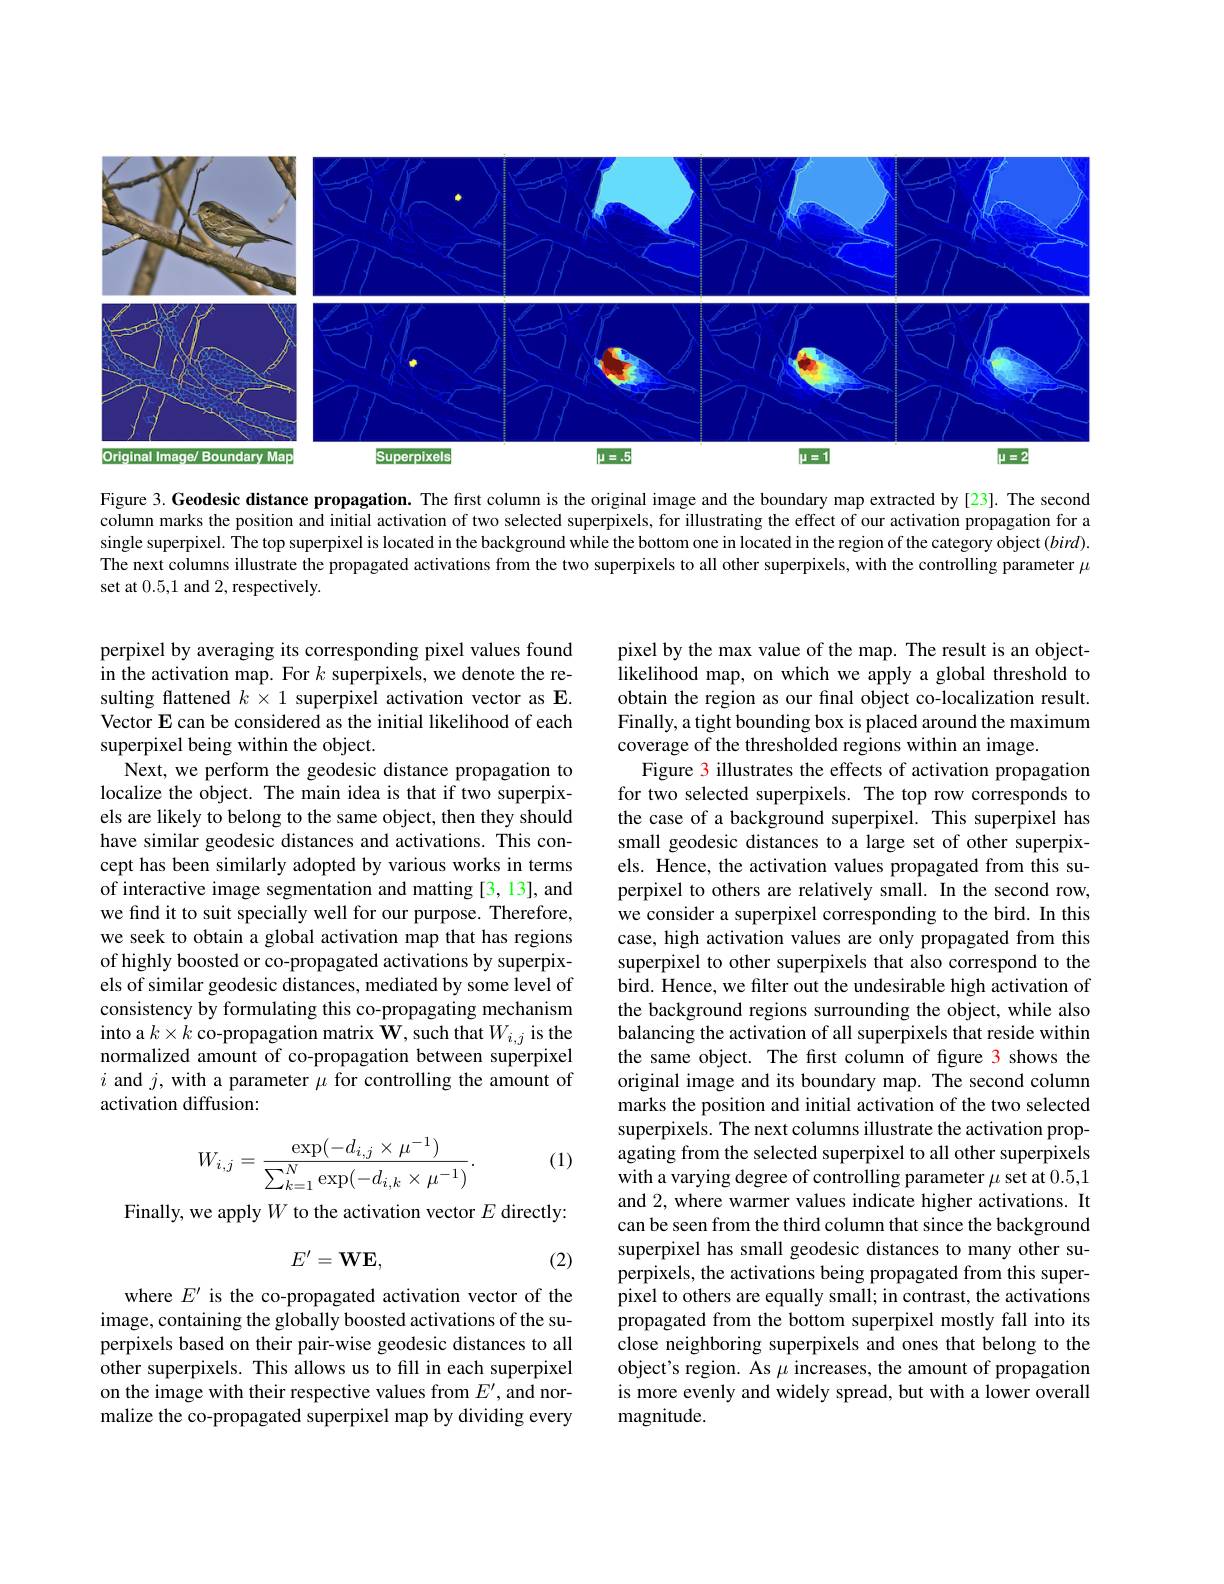
<FigureHere>

Figure 3. Geodesic distance propagation. The first column is the original image and the boundary map extracted by [23]. The second column marks the position and initial activation of two selected superpixels, for illustrating the effect of our activation propagation for a single superpixel. The top superpixel is located in the background while the bottom one in located in the region of the category object $(bird).$ The next columns illustrate the propagated activations from the two superpixels to all other superpixels, with the controlling parameter $\mu$ set at 0.5,1 and 2,respectively.

perpixel by averaging its corresponding pixel values found in the activation map. For $k$ superpixels, we denote the resulting flattened $k\times1$ superpixel activation vector as E. Vector E can be considered as the initial likelihood of each superpixel being within the object.
Next, we perform the geodesic distance propagation to localize the object. The main idea is that if two superpixels are likely to belong to the same object, then they should have similar geodesic distances and activations. This concept has been similarly adopted by various works in terms of interactive image segmentation and matting [3,13], and we find it to suit specially well for our purpose. Therefore, we seek to obtain a global activation map that has regions of highly boosted or co-propagated activations by superpixels of similar geodesic distances, mediated by some level of consistency by formulating this co-propagating mechanism into a $k\times k$ co-propagation matrix $\mathbf{W}$, such that $W_i,j$ is the normalized amount of co-propagation between superpixel $i$ and $j$, with a parameter $\mu$ for controlling the amount of activation diffusion:

pixel by the max value of the map. The result is an objectlikelihood map, on which we apply a global threshold to obtain the region as our final object co-localization result. Finally, a tight bounding box is placed around the maximum coverage of the thresholded regions within an image.
Figure 3 illustrates the effects of activation propagation for two selected superpixels. The top row corresponds to the case of a background superpixel. This superpixel has small geodesic distances to a large set of other superpixels. Hence, the activation values propagated from this superpixel to others are relatively small. In the second row, we consider a superpixel corresponding to the bird. In this case, high activation values are only propagated from this superpixel to other superpixels that also correspond to the bird. Hence, we filter out the undesirable high activation of the background regions surrounding the object, while also balancing the activation of all superpixels that reside within the same object. The first column of figure 3 shows the original image and its boundary map. The second column marks the position and initial activation of the two selected superpixels. The next columns illustrate the activation propagating from the selected superpixel to all other superpixels with a varying degree of controlling parameter $\mu$ set at 0.5,1 and 2, where warmer values indicate higher activations. It can be seen from the third column that since the background superpixel has small geodesic distances to many other superpixels, the activations being propagated from this superpixel to others are equally small; in contrast, the activations propagated from the bottom superpixel mostly fall into its close neighboring superpixels and ones that belong to the object's region. As $\mu$ increases, the amount of propagation is more evenly and widely spread, but with a lower overall magnitude.

(1)
$$W_{i,j}=\frac{\exp(-d_{i,j}\times\mu^{-1})}{\sum_{k=1}^{N}\exp(-d_{i,k}\times\mu^{-1})}.$$
Finally, we apply $W$ to the activation vector $E$ directly:
$$E'=\mathbf{WE},$$
(2)

where $E^\prime$ is the co-propagated activation vector of the image, containing the globally boosted activations of the superpixels based on their pair-wise geodesic distances to all other superpixels. This allows us to fill in each superpixel on the image with their respective values from $E^\prime$, and normalize the co-propagated superpixel map by dividing every